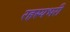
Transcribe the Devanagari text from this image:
रहस्यभरी